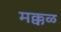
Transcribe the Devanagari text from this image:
मक्कळ